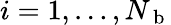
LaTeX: i=1,\ldots,N_{\mathrm{~b~}}